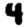
Digit: 4